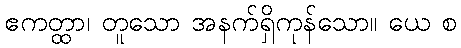
ဧကတ္ထာ၊ တူသော အနက်ရှိကုန်သော။ ယေ စ